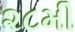
૨૮મી